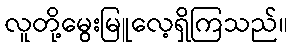
လူတို့မွေးမြူလေ့ရှိကြသည်။